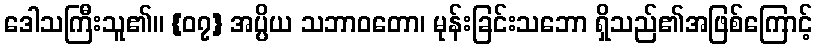
ဒေါသကြီးသူ၏။ {၀၇} အပ္ပိယ သဘာဝတော၊ မုန်းခြင်းသဘော ရှိသည်၏အဖြစ်ကြောင့်